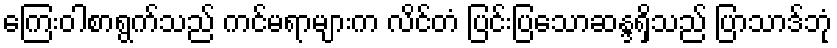
ကြေးဝါစာရွက်သည် ကင်မရာများက လိင်တံ ပြင်းပြသောဆန္ဒရှိသည် ပြာသာဒ်ဘုံ